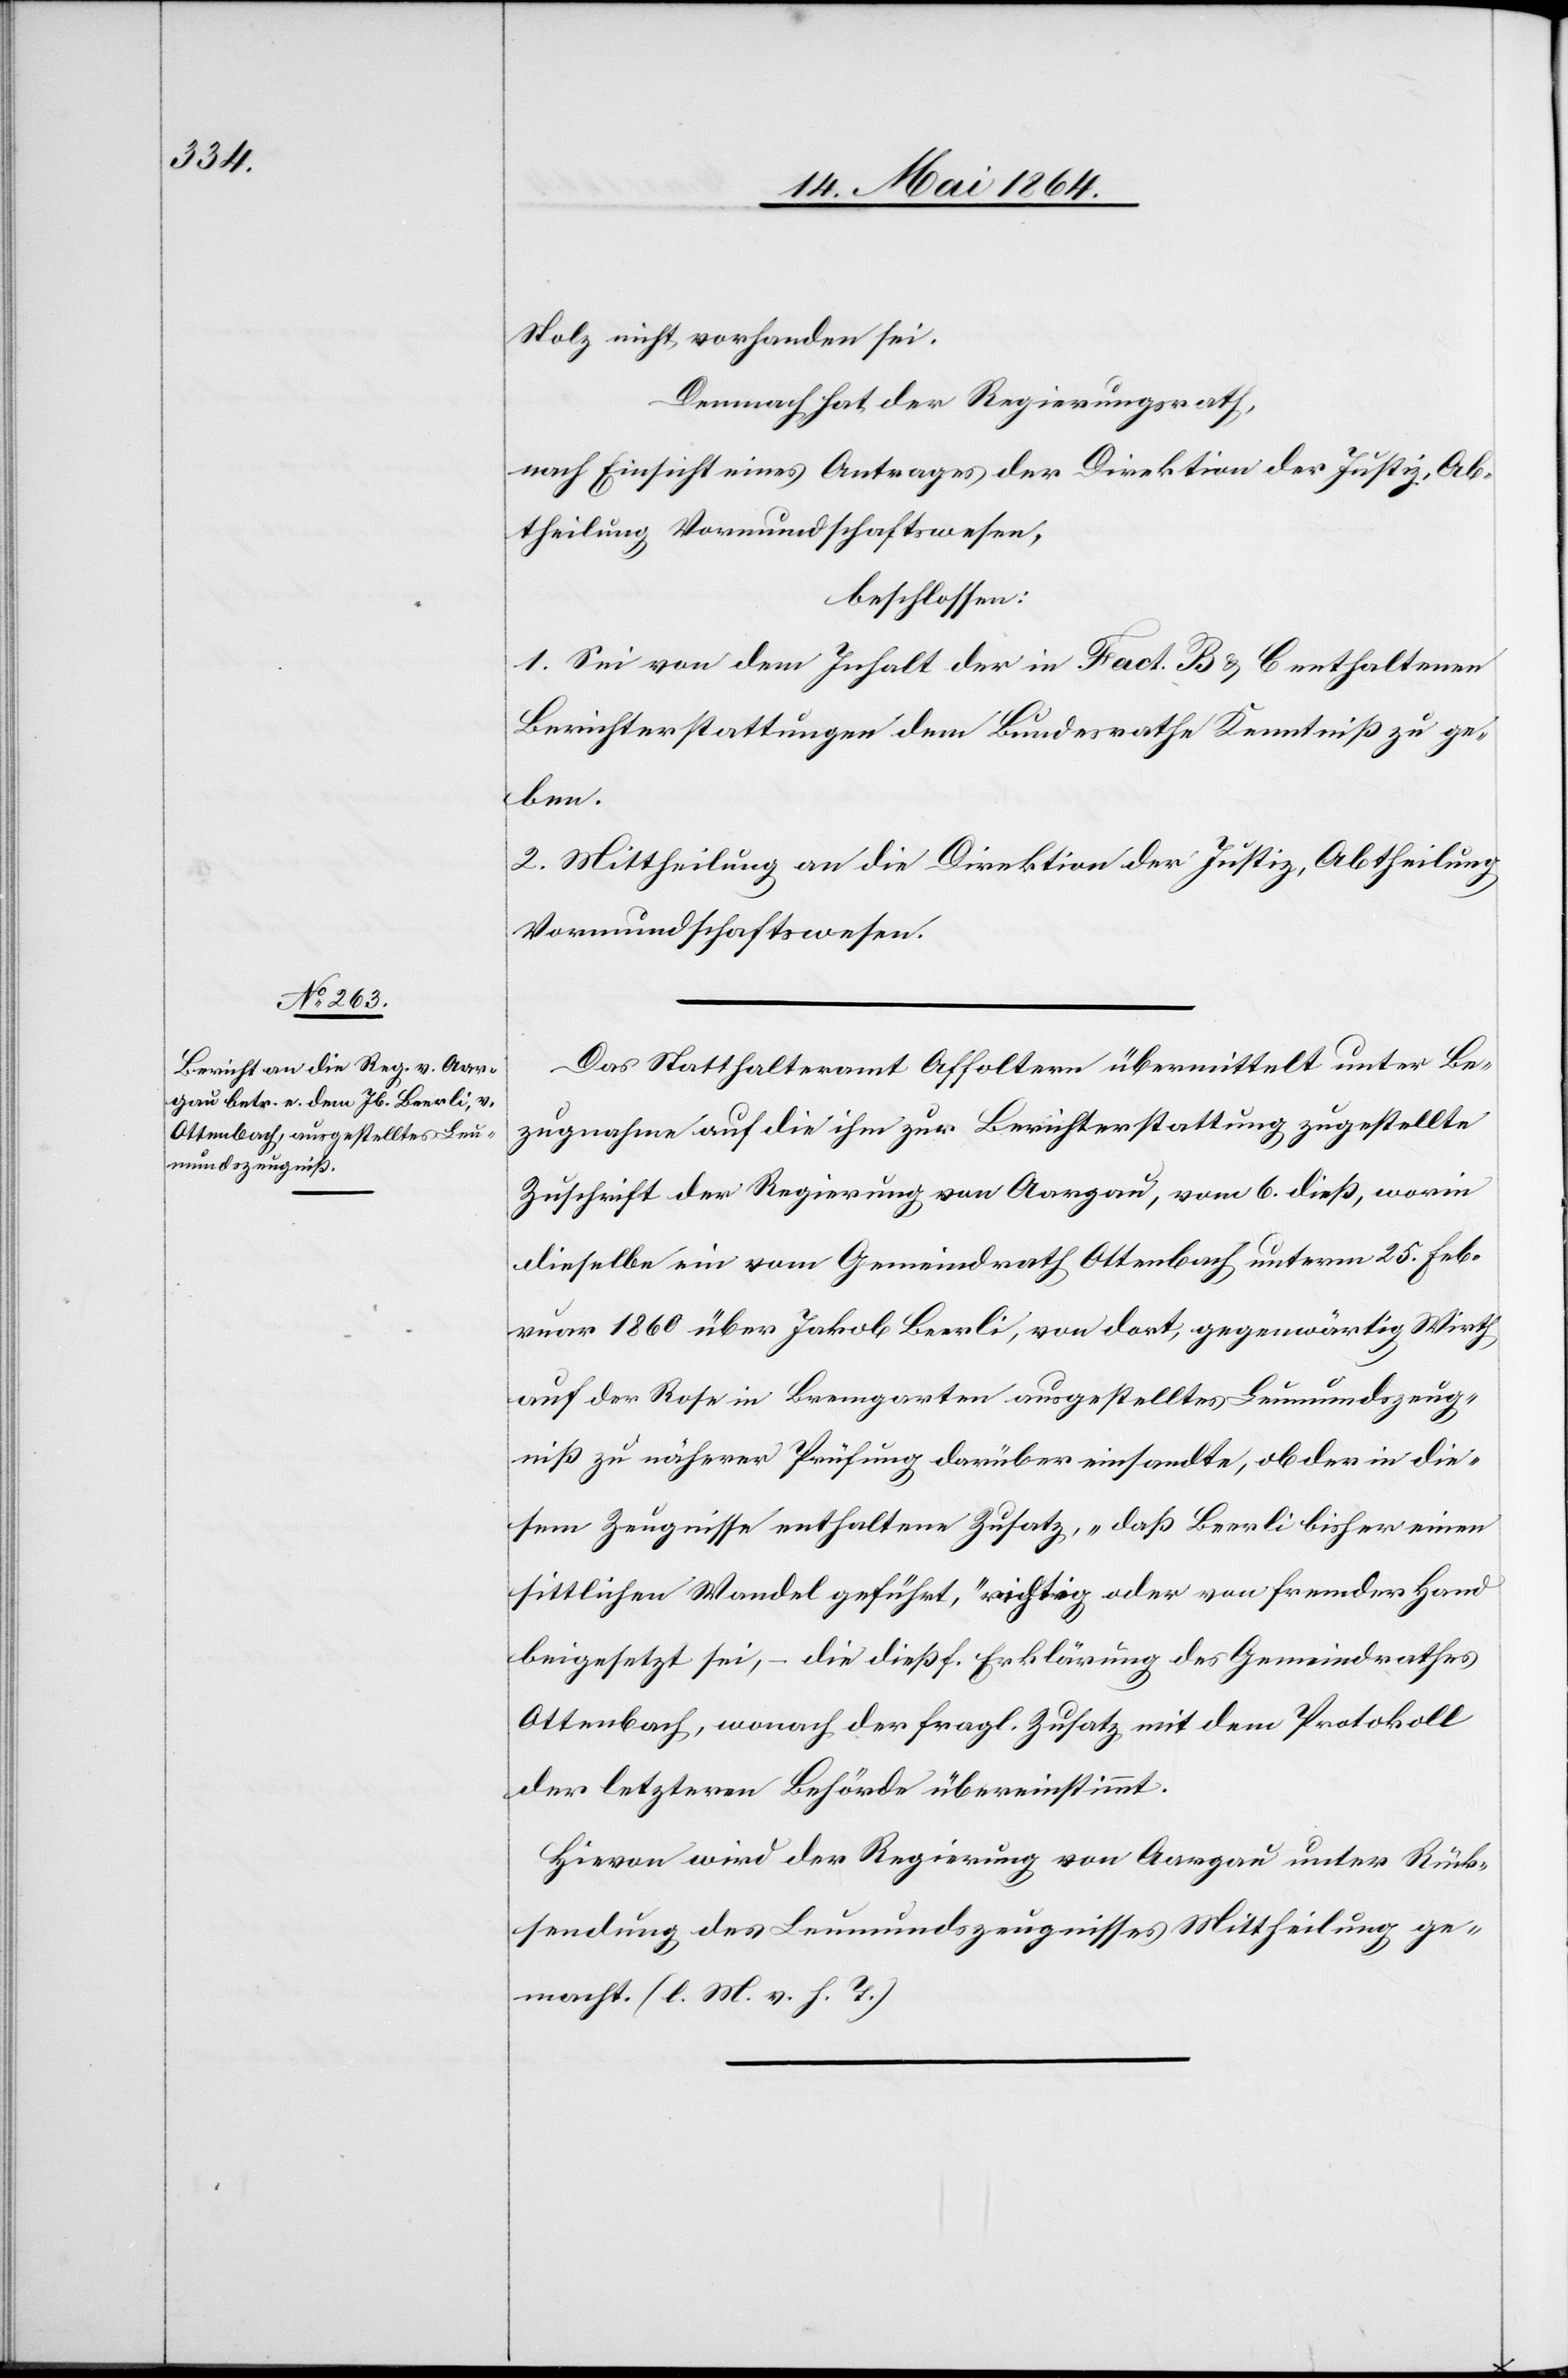
Stolz nicht vorhanden sei.
Demnach hat der Regierungsrath,
nach Einsicht eines Antrages der Direktion der Justiz, Ab¬
theilung Vormundschaftswesen,
beschlossen:
1. Sei von dem Inhalt der in Fact. B u. C. enthaltenen
Berichterstattungen dem Bundesrathe Kenntniß zu ge¬
ben.
2. Mittheilung an die Direktion der Justiz, Abtheilung
Vormundschaftswesen.
Das Statthalteramt Affoltern übermittelt unter Be¬
zugnahme auf die ihm zur Berichterstattung zugestellte
Zuschrift der Regierung von Aargau, vom 6. dieß, worin
dieselbe ein vom Gemeindrath Ottenbach unterm 25. Feb¬
ruar 1860 über Jakob Beerli, von dort, gegenwärtig Wirth
auf der Rose in Bremgarten ausgestelltes Leumundszeug¬
niß zu näherer Prüfung darüber einsandte, ob der in die¬
sem Zeugnisse enthaltene Zusatz, „daß Beerli bisher einen
sittlichen Wandel geführt,“ richtig oder von fremder Hand
beigefügt sei, – die dießf. Erklärung des Gemeindrathes
Ottenbach, wonach der fragl. Zusatz mit dem Protokoll
der letzteren Behörde übereinstimmt.
Hievon wird der Regierung von Aargau unter Rück¬
sendung des Leumundszeugnisses Mittheilung ge¬
macht. (l. M. v. h. T.)